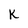
Character: k